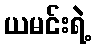
ယမင်းရဲ့